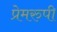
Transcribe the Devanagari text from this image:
प्रेमरुपी